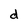
Character: d